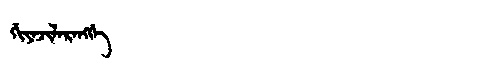
Manchu: ᡤᡳᠶᠠᠵᡳᠯᠠᡵᠠᠩᡤᡝ
Romanization: GIYAJILARANGGE